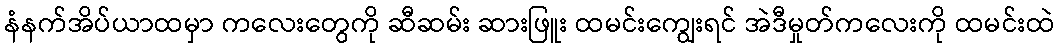
နံနက်အိပ်ယာထမှာ ကလေးတွေကို ဆီဆမ်း ဆားဖြူး ထမင်းကျွေးရင် အဲဒီမှုတ်ကလေးကို ထမင်းထဲ